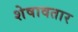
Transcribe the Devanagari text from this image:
शेषावतार